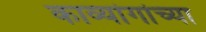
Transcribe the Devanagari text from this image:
काव्यांगांच्या